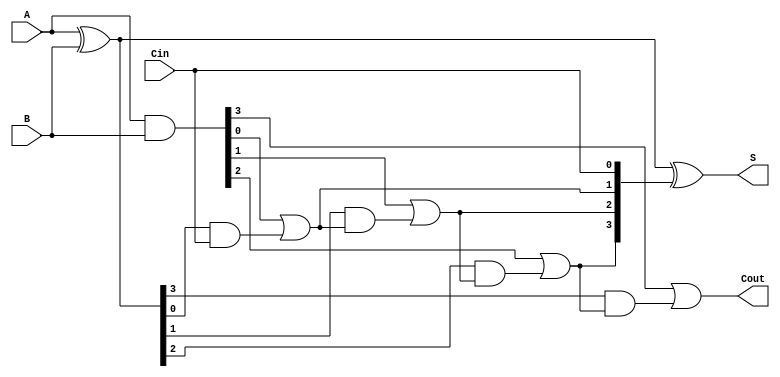
module RCLA #(parameter n = 4) (
    input  [n-1:0] A,        // First n-bit input
    input  [n-1:0] B,        // Second n-bit input
    input         Cin,       // Carry-in
    output [n-1:0] S,        // n-bit sum output
    output        Cout       // Carry-out
);

    // Generate and Propagate signals
    wire [n-1:0] G;          // Generate signals
    wire [n-1:0] P;          // Propagate signals
    wire [n:0] C;            // Carry signals

    // Generate and Propagate calculations
    assign G = A & B;        // Generate: Gi = Ai & Bi
    assign P = A ^ B;        // Propagate: Pi = Ai ^ Bi

    // Carry signal calculations using lookahead logic
    assign C[0] = Cin;       // C0 = Cin

    genvar i;
    generate
        for (i = 0; i < n; i = i + 1) begin : carry_logic
            assign C[i + 1] = G[i] | (P[i] & C[i]);  // Ci+1 = Gi + (Pi & Ci)
        end
    endgenerate

    // Sum calculation
    assign S = P ^ C[n-1:0];  // Si = Pi ^ Ci

    // Carry-out
    assign Cout = C[n];        // Cout = Cn

endmodule